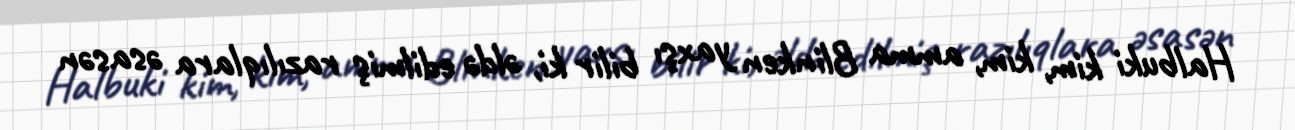
Halbuki kim, kim, amma Blinken yaxşı bilir ki, əldə edilmiş razılıqlara əsasən